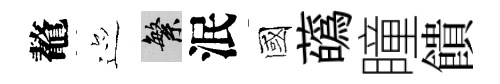
鼇迹繁泯國蘤瞳饋